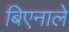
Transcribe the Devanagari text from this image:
बिएनाले